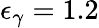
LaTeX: \epsilon_{\gamma}=1.2